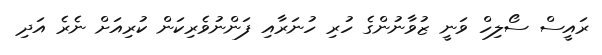
ރައީސް ސޯލިހް ވަނީ ޒުވާނުންގެ ހުރި ހުނަރާއި ފަންނުވެރިކަން ކުރިއަށް ނެރެ އަދި